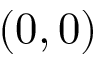
( 0 , 0 )